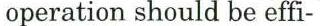
operation should be effi-